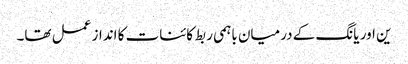
ین اور یانگ کے درمیان باہمی ربط کائنات کا انداز عمل تھا۔